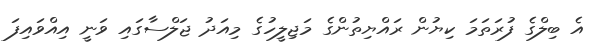
އެ ބިލްގެ ފުރަތަމަ ކިޔުން ރައްޔިތުންގެ މަޖިލީހުގެ މިއަދު ޖަލްސާގައި ވަނީ އިއްވައިފަ